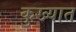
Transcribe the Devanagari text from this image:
कुख्‍यात